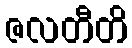
ဇလတီတိ